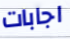
اجابات